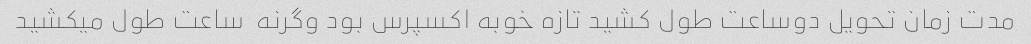
مدت زمان تحویل دوساعت طول کشید تازه خوبه اکسپرس بود وگرنه  ساعت طول میکشید